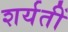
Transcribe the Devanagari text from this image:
शर्यतीं